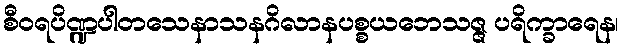
စီဝရပိဏ္ဍပါတသေနာသနဂိလာနပစ္စယဘေသဇ္ဇ ပရိက္ခာရေန၊